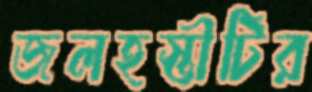
জলহস্তীটির